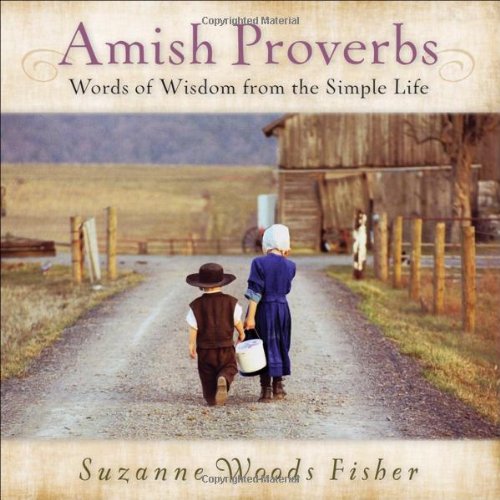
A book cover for Amish Proverbs: Words of Wisdom from the Simple Life; Suzanne Woods Fisher; Christian Books & Bibles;